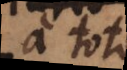
a toto.